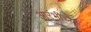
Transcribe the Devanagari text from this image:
आरंभींच्या